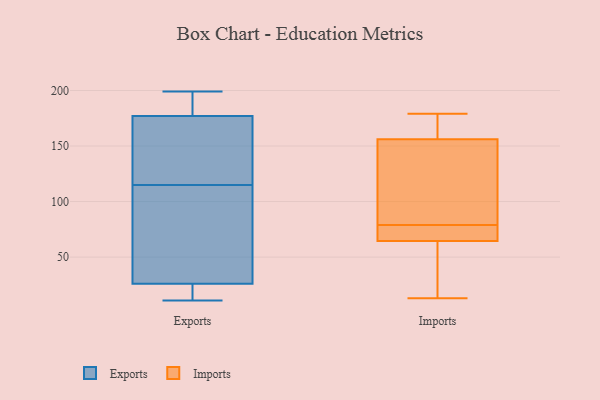
{"axis": {"x": "Tickets Resolved", "y": "Value"}, "legend": ["Exports", "Imports"], "data": [{"x": "", "y": 26, "type": "Exports"}, {"x": "", "y": 97, "type": "Exports"}, {"x": "", "y": 25, "type": "Exports"}, {"x": "", "y": 177, "type": "Exports"}, {"x": "", "y": 151, "type": "Exports"}, {"x": "", "y": 23, "type": "Exports"}, {"x": "", "y": 130, "type": "Exports"}, {"x": "", "y": 193, "type": "Exports"}, {"x": "", "y": 161, "type": "Exports"}, {"x": "", "y": 31, "type": "Exports"}, {"x": "", "y": 100, "type": "Exports"}, {"x": "", "y": 11, "type": "Exports"}, {"x": "", "y": 187, "type": "Exports"}, {"x": "", "y": 199, "type": "Exports"}, {"x": "", "y": 38, "type": "Imports"}, {"x": "", "y": 166, "type": "Imports"}, {"x": "", "y": 79, "type": "Imports"}, {"x": "", "y": 68, "type": "Imports"}, {"x": "", "y": 102, "type": "Imports"}, {"x": "", "y": 13, "type": "Imports"}, {"x": "", "y": 123, "type": "Imports"}, {"x": "", "y": 179, "type": "Imports"}, {"x": "", "y": 75, "type": "Imports"}, {"x": "", "y": 155, "type": "Imports"}, {"x": "", "y": 159, "type": "Imports"}, {"x": "", "y": 66, "type": "Imports"}, {"x": "", "y": 60, "type": "Imports"}]}